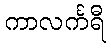
ကာလင်္ကရီ